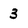
Character: 3